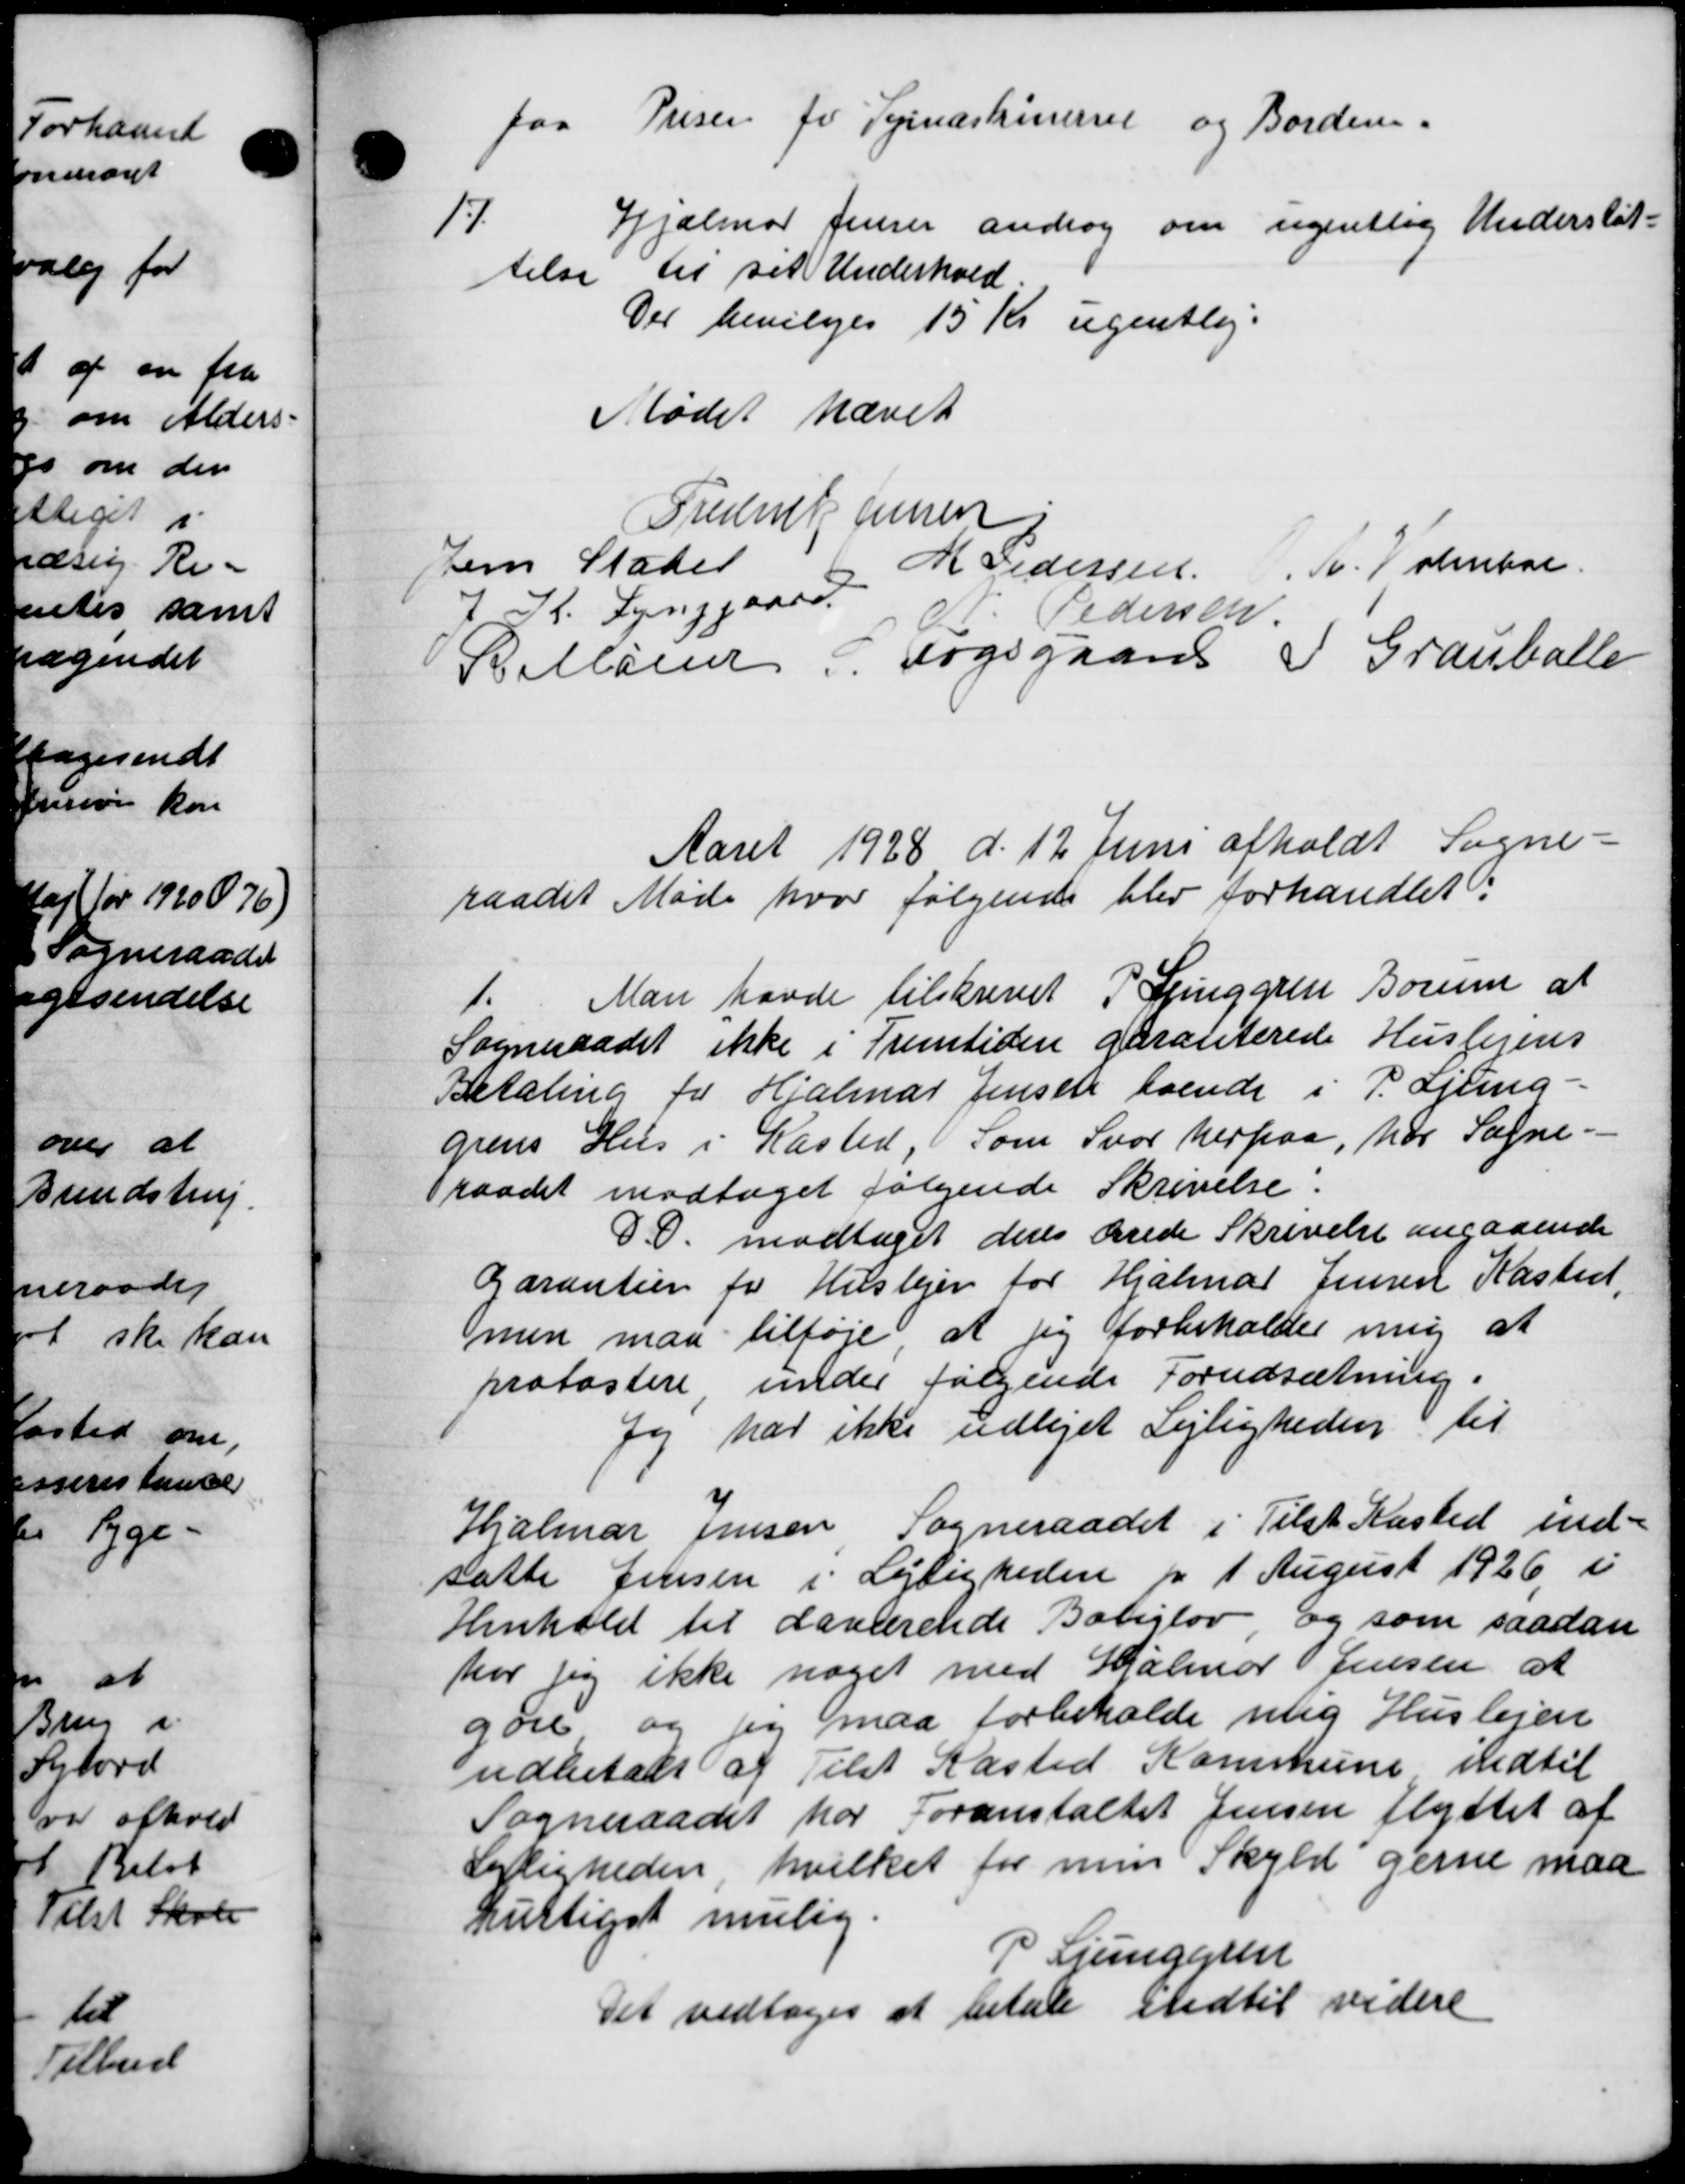
Transskription:
paa Prisen for Veinaskinerne og Borden.
17
Hjalmar Jensen androg om ugentlig Understøt-
telse til sit Underhold
Der bevilges 15 Kr ugentlig.
Mødet hævet
Frederik Jensen
Jens Stater
M Pedersen
.A. Volmkal
7 R. Lynggaard
Pedersen.
Belløse Fogsgaards P. Grauballe
Aaret 1928 d. 12 Juni afholdt Sogne=
raadet Møde hvor følgende blev forhandlet.
1.
Man havde tilskrevet P. Ljunggren Borum at
Sogneraadet ikke i Fremtiden paratiterede Huslejeres
Betaling for Hjalmar Jensen boende i P. Ljung-
grens Hus i Kasted, Som Svar herpaa, har Sogne-
raadet modtaget følgende Skrivelse.
D.D. modtaget deres derede Skrivelse angaaende
Garantier for Huslejer for Hjalmar Jensen Kasted,
men maa tilføje at jeg forbeholder mig at
protostere under følgende Forudsætning.
Jeg har ikke udlejet Lejligheding til
Hjalmar Jensen Sogneraadet i Tilst Kasted ind=
satte Jensen i Lejligheden pr 1 August 1926 i
Henhold til daværende Boliglov og som saadan
har jeg ikke noget med Halmar Jensen at
gøre og jeg maa forbeholde ulig Huslejen
udbetalt af Tilst Kasted Kommune indtil
Sogneraadet har Foranstaltet Jensen flyttet af
Lejligheden hvilket for min Skyld gerne maa
kuttigst mulig.
P Ljunggren
Det vedtoges at betale indtil videre